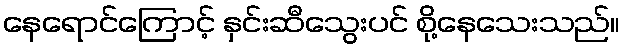
နေရောင်ကြောင့် နှင်းဆီသွေးပင် စို့နေသေးသည်။